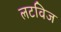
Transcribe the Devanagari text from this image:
लटविज